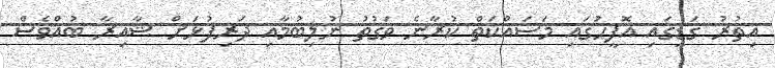
އިތުރު ގަޑީގައި އޮފީހުގައި މަސައްކަތް ކުރާނެ ވަގުތު ނުލިބުމާއި ދަރިފުޅަށް ޝާއިރާ ބުއްވެސް